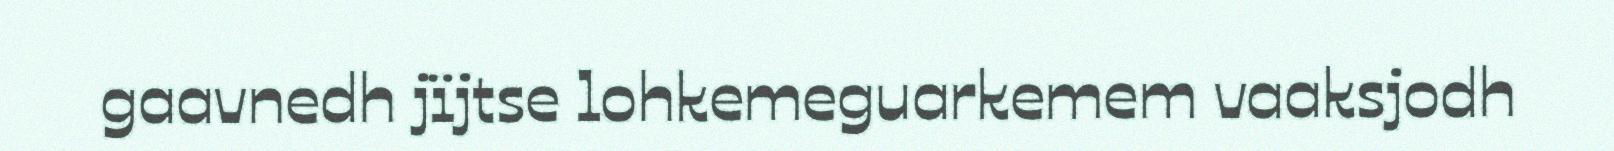
gaavnedh jïjtse lohkemeguarkemem vaaksjodh